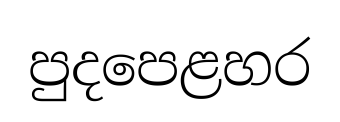
පුදපෙළහර